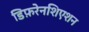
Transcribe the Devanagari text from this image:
डिफ़रेनशिएशन